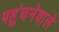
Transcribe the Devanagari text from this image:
पहुंचनेवाले